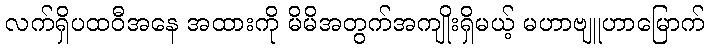
လက်ရှိပထဝီအနေ အထားကို မိမိအတွက်အကျိုးရှိမယ့် မဟာဗျူဟာမြောက်